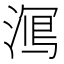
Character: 𱧿